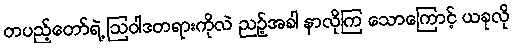
တပည့်တော်ရဲ့ ဩဝါဒတရားကိုလဲ ညဉ့်အခါ နာလိုကြ သောကြောင့် ယခုလို